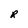
Character: R